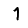
Digit: 1